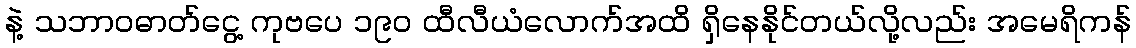
နဲ့ သဘာဝဓာတ်ငွေ့ ကုဗပေ ၁၉၀ ထီလီယံလောက်အထိ ရှိနေနိုင်တယ်လို့လည်း အမေရိကန်